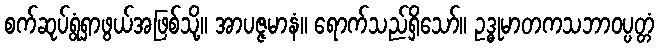
စက်ဆုပ်ရွံရှာဖွယ်အဖြစ်သို့။ အာပဇ္ဇမာနံ။ ရောက်သည်ရှိသော်။ ဥဒ္ဓုမာတကသဘာဝပ္ပတ္တံ